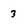
Character: 3